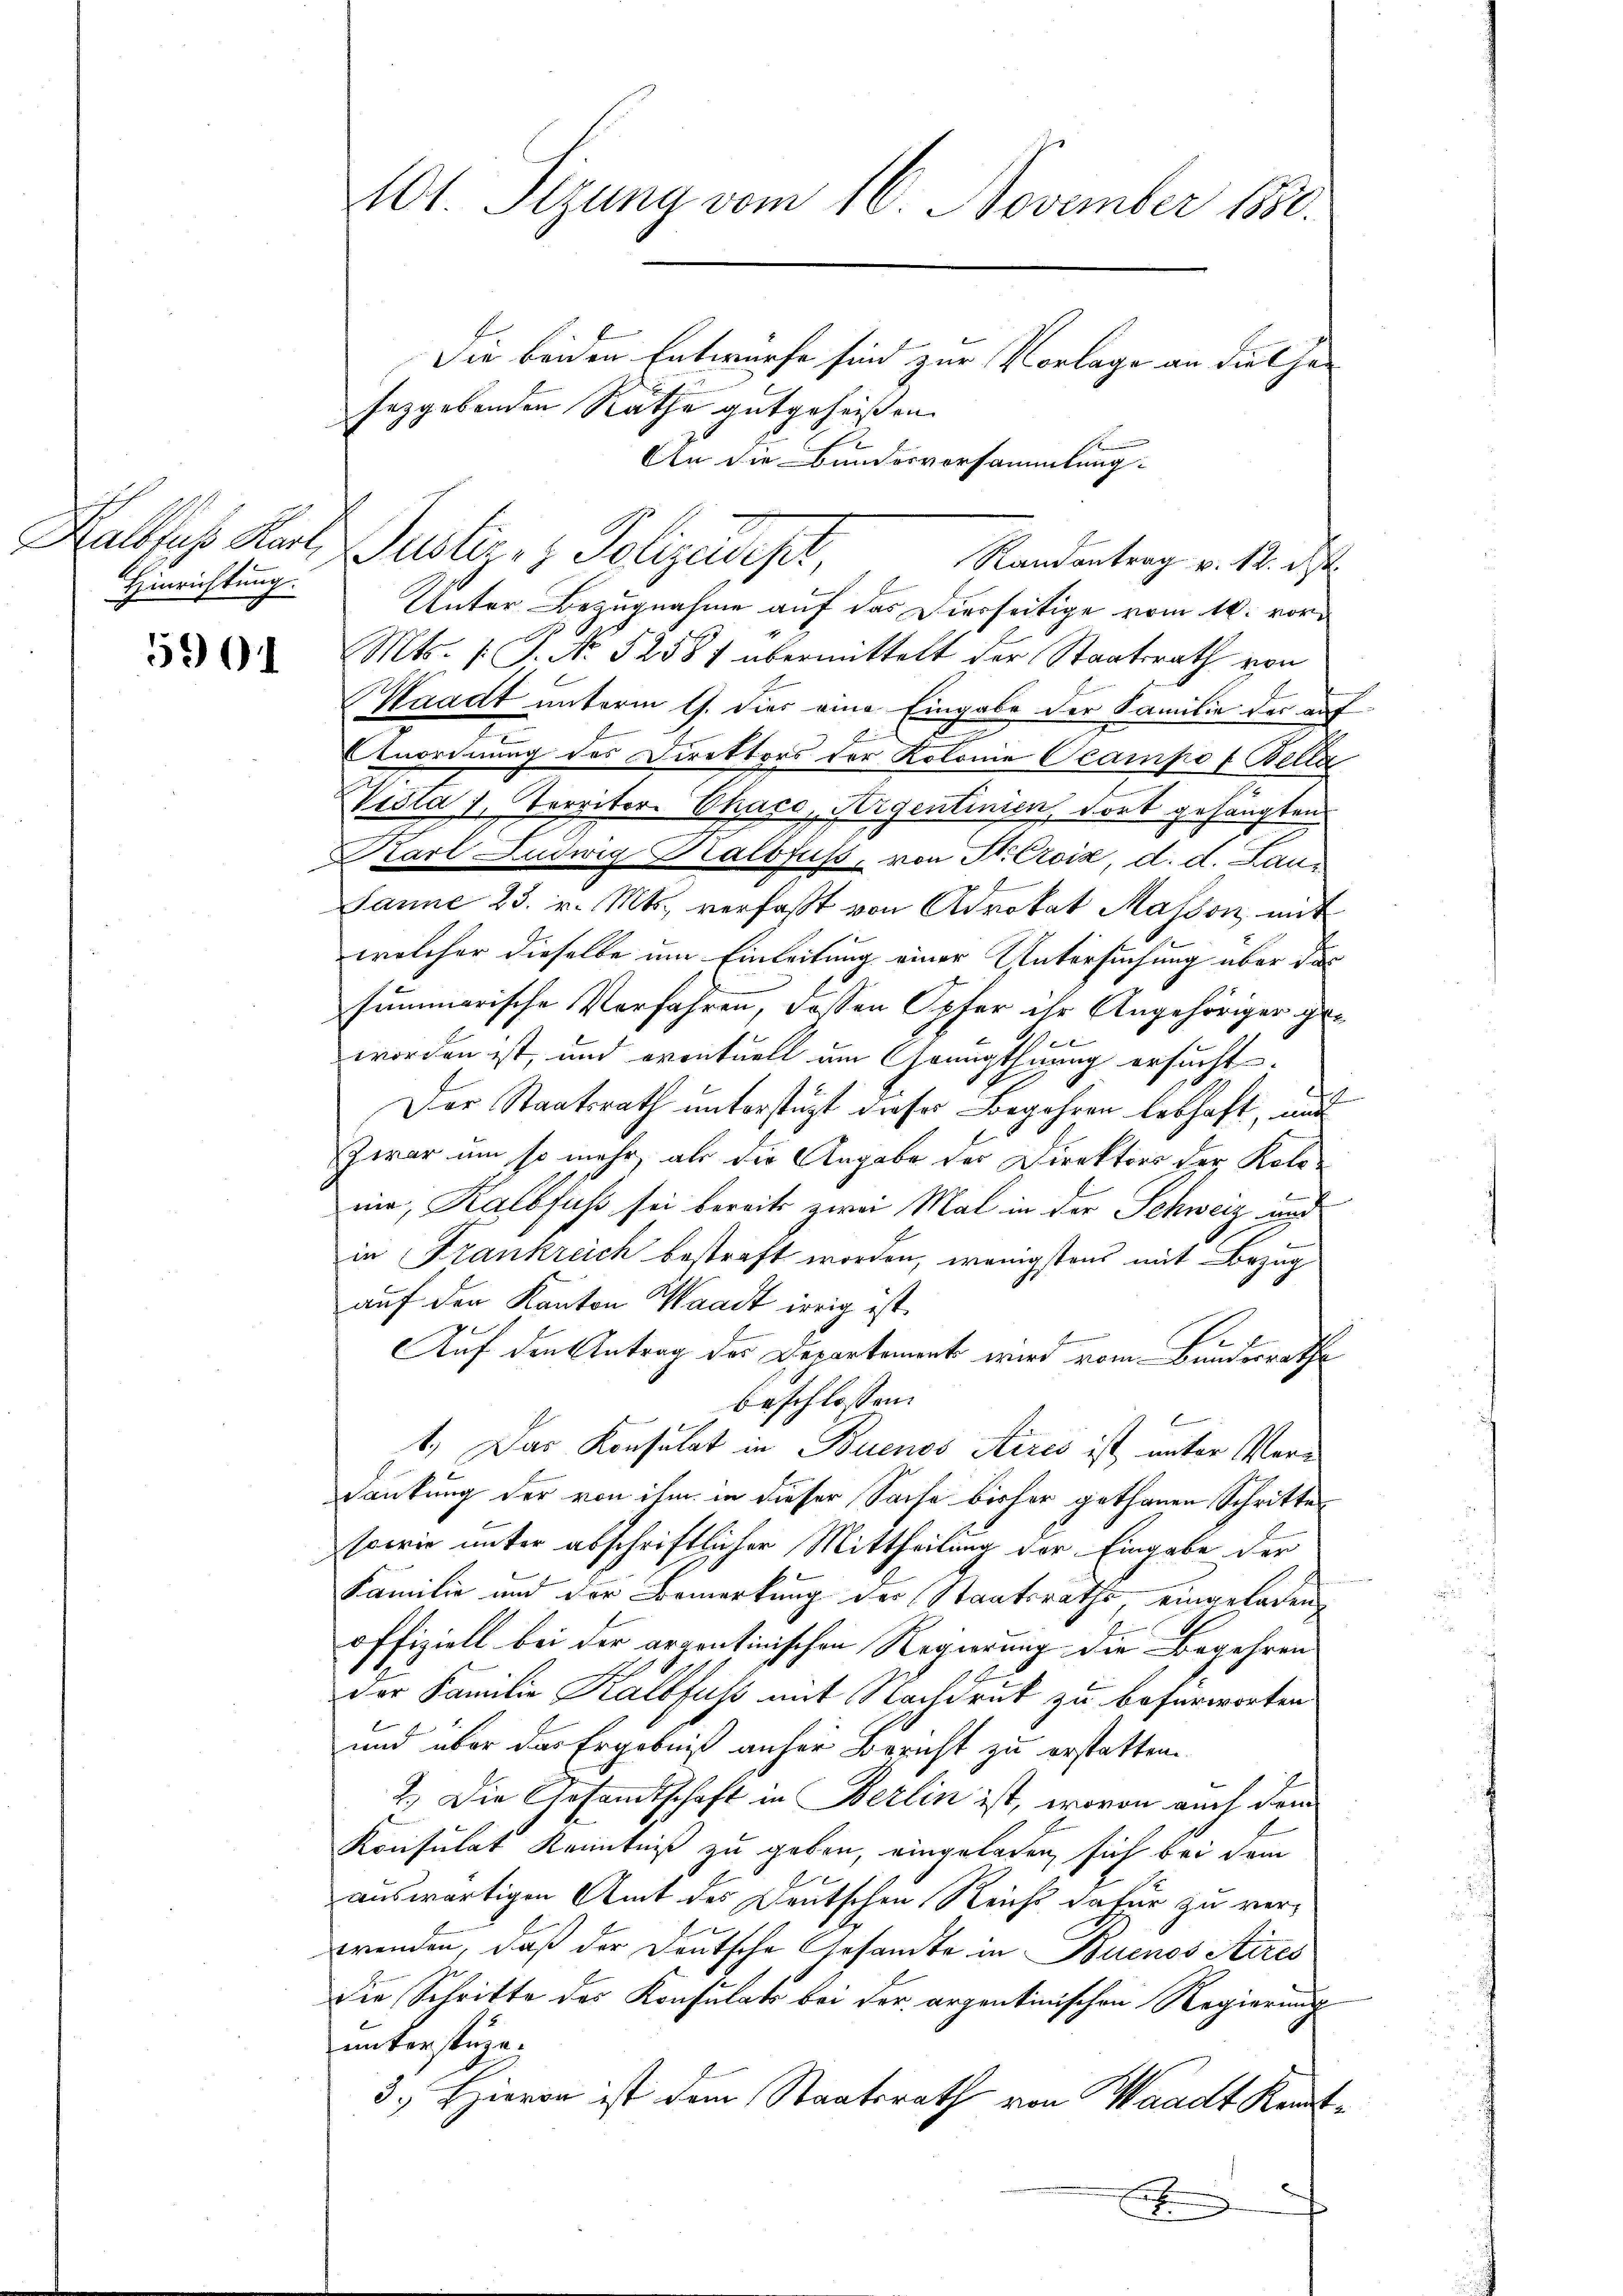
5904

101. Sizung vom 16. November 1880.
Die beiden Entwurfe sind zur Vorlage an die Cha-

sezgebenden Rathe gutgeheißen.
An die Bundesvorsammlung.
Kalbfus Karl Justiz- & Polizeidest,
Randantrag v. 12. d.
Hinrichtung. Unter Bezugnahme auf das hierseitige vom 16. vor¬
Mts. (T. No 52587 übermittelt der Staatsrath von
Kaadt unterm 11. dies eine Eingabe der Familie der auf
x
Anordnung des Direktors der Kolonie Ocampo ( Bella
Vedla 1, Territor Chaco, Aigentinien dort gehängten
Karl Ludwig Balbfuß, von St. Croix, d. d. Laus
Janne 23. v. Mts. verfaßt von Advokat Masson, mit
welcher dieselbe um Einleitung einer Untersuchung über das
summarische Verfahren, dassen Opfer ihr Angehöriger geee
worden ist, und eventuell um Genugthuung ersucht.
Der Staatsrath unterstüzt dieser Begehren lebhaft, und
Zwar um so mehr, als die Angabe der Direktors der Koloni, Kalbfuß sei bereits zwei Mal in der Schweiz und
in Frankreich bestraft worden, wenigstens mit Bezug
auf den Kanton Waadt irrig ist.
e
Auf den Antrag des Departement wird vom Bundesrathe
beschlossen:
b
1.) Das Konsulat in Buenos Aires ist unter Vera
dankung der von ihm in dieser Sache bisher gethanen Schritte
sowie unter abschriftlicher Mittheilung der Eingabe der
Familie und der Bemerkung der Staatsraths, eingeladen,
offiziell bei der argentinischen Regierung die Begehren
1
der Familie Kalbfuss mit Nachdruk zu befürworten.
und über das Ergebniß anher Bericht zu erstatten.
2.) Die Gesandtschaft in Berlin ist, wovon auch dem
Konsulat Kenntniß zu geben, eingeladen, sich bei dem
auswärtigen Amt des Deutschen Reicht dafür zu verwenden, daß der Deutsche Gesandte in Buenos Aires
Die Schritte des Konsulats bei der arpentinischen Regierung
unterstüze.
3.) Hievon ist dem Staatsrath von Waadt Kennt¬
Erbung